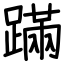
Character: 蹣